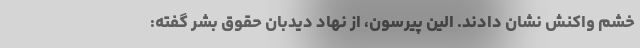
خشم واکنش نشان دادند. الین پیرسون، از نهاد دیدبان حقوق بشر گفته: